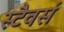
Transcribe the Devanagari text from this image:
स्टैवर्स